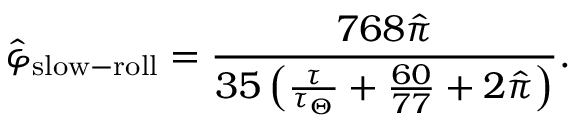
\hat { \varphi } _ { \mathrm { s l o w - r o l l } } = \frac { 7 6 8 \hat { \pi } } { 3 5 \left( \frac { \tau } { \tau _ { \Theta } } + \frac { 6 0 } { 7 7 } + 2 \hat { \pi } \right) } .